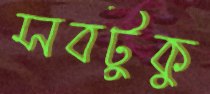
সবটুকু